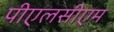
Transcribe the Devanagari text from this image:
पीएलसीएम